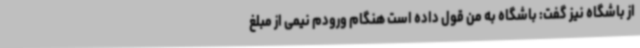
از باشگاه نیز گفت: باشگاه به من قول داده است هنگام ورودم نیمی از مبلغ